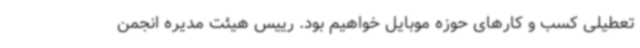
تعطیلی کسب و کارهای حوزه موبایل خواهیم بود. رییس هیئت مدیره انجمن